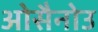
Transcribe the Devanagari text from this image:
ओसैनोउ